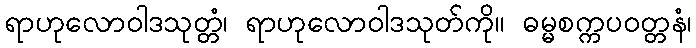
ရာဟုလောဝါဒသုတ္တံ၊ ရာဟုလောဝါဒသုတ်ကို။ ဓမ္မစက္ကပဝတ္တနံ၊